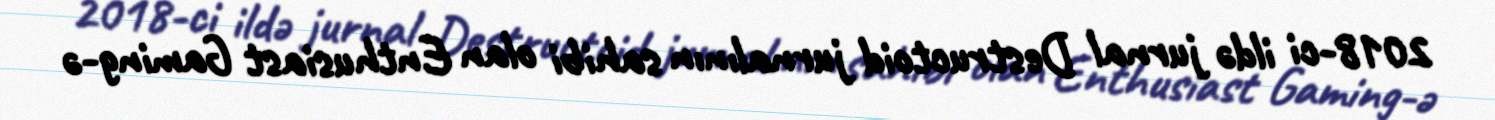
2018-ci ildə jurnal Destructoid jurnalının sahibi olan Enthusiast Gaming-ə